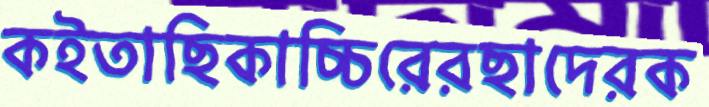
কইতাছিকাচ্চিরেরছাদেরক